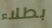
بطلاء